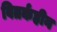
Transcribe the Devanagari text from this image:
वितर्कहीन